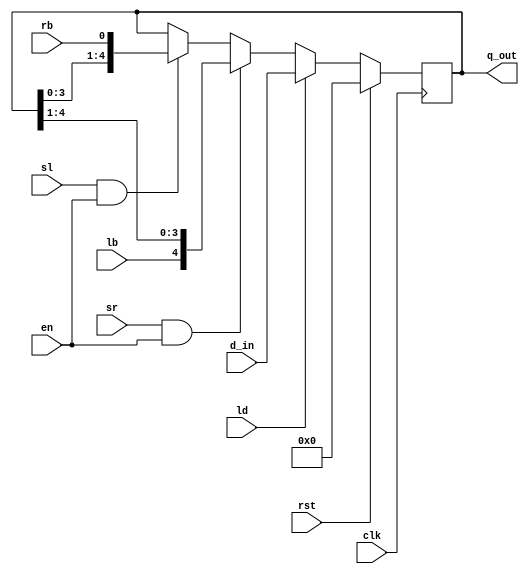
module bigshiftdreg(input clk, rst, ld, sl, sr, en, lb, rb,
	input[4:0] d_in,
	output reg [4:0] q_out
    );

always@(posedge clk) begin //synchronous.
	if (rst) q_out<=5'b0; //reset asserted
	else if (ld) q_out<=d_in;  //load asserted
	else if (sr&&en)q_out<={lb,q_out[4:1]}; //allows shifting to the right. 
	else if (sl&&en) q_out<={q_out[3:0],rb}; //allows shifting to the left.
	else q_out<=q_out; //holds if no other signals are active.
end
endmodule